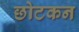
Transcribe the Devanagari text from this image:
छोटकन